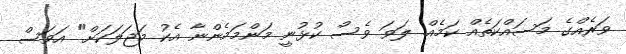
ވަރެއްގެ މަސައްކަތެއް ކަމެއް. ލަވަ ވެސް ކުޅުނީ މަންމަމެންނާ އެކު މަޖަލަކަށް" އަވަސް